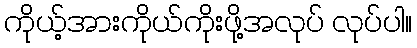
ကိုယ့်အားကိုယ်ကိုးဖို့အလုပ် လုပ်ပါ။